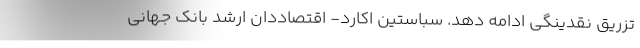
تزریق نقدینگی ادامه دهد. سباستین اکارد- اقتصاددان ارشد بانک جهانی